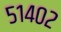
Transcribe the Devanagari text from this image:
५१४०२